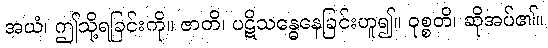
အယံ၊ ဤသို့ရခြင်းကို။ ဇာတိ၊ ပဋိသန္ဓေနေခြင်းဟူ၍။ ဝုစ္စတိ၊ ဆိုအပ်၏။